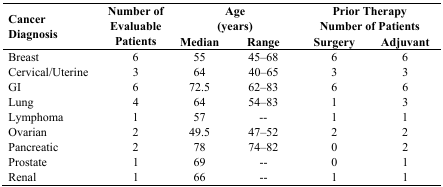
<table><thead><tr><td rowspan="2"><b>Cancer Diagnosis</b></td><td rowspan="2"><b>Number of Evaluable Patients</b></td><td colspan="2"><b>Age (years)</b></td><td colspan="2"><b>Prior Therapy Number of Patients</b></td></tr><tr><td><b>Median</b></td><td><b>Range</b></td><td><b>Surgery</b></td><td><b>Adjuvant</b></td></tr></thead><tbody><tr><td>Breast</td><td>6</td><td>55</td><td>45–68</td><td>6</td><td>6</td></tr><tr><td>Cervical/Uterine</td><td>3</td><td>64</td><td>40–65</td><td>3</td><td>3</td></tr><tr><td>GI</td><td>6</td><td>72.5</td><td>62–83</td><td>6</td><td>6</td></tr><tr><td>Lung</td><td>4</td><td>64</td><td>54–83</td><td>1</td><td>3</td></tr><tr><td>Lymphoma</td><td>1</td><td>57</td><td>--</td><td>1</td><td>1</td></tr><tr><td>Ovarian</td><td>2</td><td>49.5</td><td>47–52</td><td>2</td><td>2</td></tr><tr><td>Pancreatic</td><td>2</td><td>78</td><td>74–82</td><td>0</td><td>2</td></tr><tr><td>Prostate</td><td>1</td><td>69</td><td>--</td><td>0</td><td>1</td></tr><tr><td>Renal</td><td>1</td><td>66</td><td>--</td><td>1</td><td>1</td></tr></tbody></table>